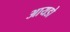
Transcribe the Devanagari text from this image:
आयडो